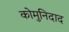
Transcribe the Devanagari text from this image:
कोमुनिदाद